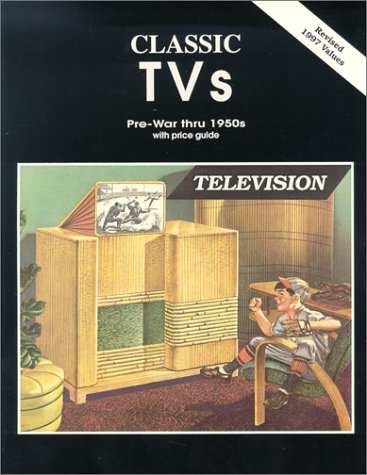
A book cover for Classic TVs Pre-War thru 1950s with Price Guide; Crafts, Hobbies & Home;